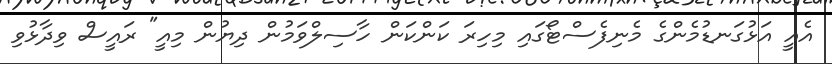
އެއީ އަޅުގަނޑުމެންގެ މެނިފެސްޓޯގައި މިހިރަ ކަންކަން ހާސިލްވަމުން ދިޔުން މިއީ" ރައީސް ވިދާޅުވި